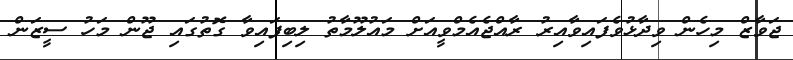
ޖަވާޒް މިހެން ވިދާޅުވެފައިވާއިރު ރާއްޖެއެމްވީއަށް މައުލޫމާތު ލިބިފައިވާ ގޮތުގައި ޖޫން މަހު ސީޒަން